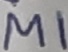
Text: M1